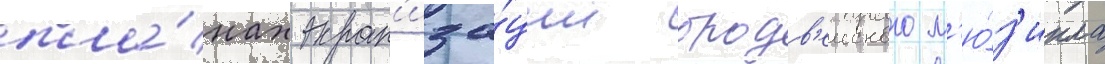
пла́нах экран'иза́ции бродв'еиского м'ю́з'икла